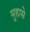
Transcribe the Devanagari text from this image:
मुहासे